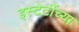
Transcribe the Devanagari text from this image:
इस्टेटींच्या